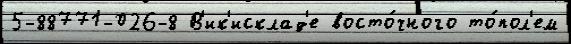
5-88771-026-8 В'ик'исклад'е восто́чного то́пол'ем